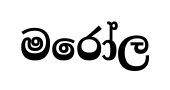
මරෝල